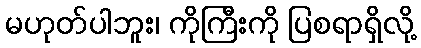
မဟုတ်ပါဘူး၊ ကိုကြီးကို ပြစရာရှိလို့